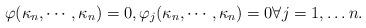
LaTeX: \begin{align*}\varphi(\kappa_n, \cdots, \kappa_n) = 0, \varphi_j(\kappa_n, \cdots, \kappa_n) = 0 \forall j = 1, \dots n.\end{align*}